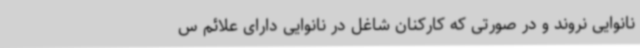
نانوایی نروند و در صورتی که کارکنان شاغل در نانوایی دارای علائم س